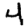
Digit: 4